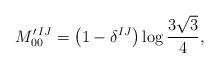
LaTeX: \begin{align*}M_{00}^{\prime\,IJ}=\bigl(1-\delta^{IJ}\bigr)\log\frac{3\sqrt{3}}{4},\end{align*}